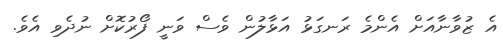
އެ ޒުވާނާއަށް އެންމެ ރަނގަޅު އަޅާލުން ވެސް ވަނީ ފޯރުކޮށް ނުދެވި އެވެ.